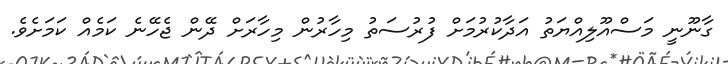
ގާނޫނީ މަސްއޫލިއްޔަތު އަދާކުރުމަށް ފުރުސަތު މިހާރުން މިހާރަށް ދޭން ޖެހޭނެ ކަމެއް ކަމަށެވެ.